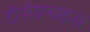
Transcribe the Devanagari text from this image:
टोपोग्रफाइनर